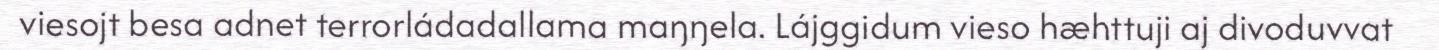
viesojt besa adnet terrorládadallama maŋŋela. Lájggidum vieso hæhttuji aj divoduvvat